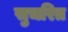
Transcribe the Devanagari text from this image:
सुचरित